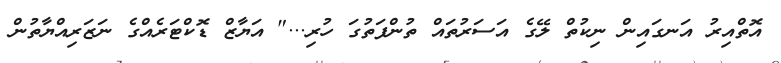
އޮތްއިރު އަނގައިން ނިކުތް ލޭގެ އަސަރުތައް ތުންފަތުގަ ހުރި..." އަޔާޒް ޑޮކްޓަރެއްގެ ނަޒަރިއްޔާތުން